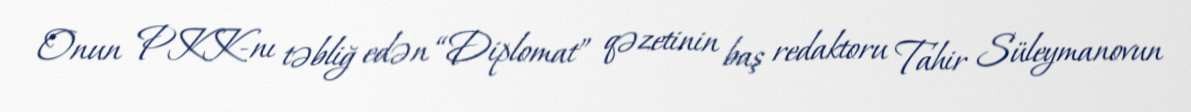
Onun PKK-nı təbliğ edən “Diplomat” qəzetinin baş redaktoru Tahir Süleymanovun